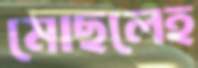
মোছলেহ